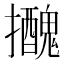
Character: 𢹧